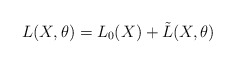
\begin{align*}L(X,\theta) = L_0(X) + \tilde L(X,\theta)\,\end{align*}